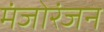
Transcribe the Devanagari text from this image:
मंजोरंजन